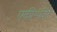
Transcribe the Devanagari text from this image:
एकीभंजित